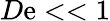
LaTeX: D\mathrm{e}<<1